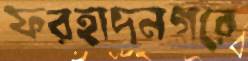
ফরহাদনগরে